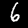
Label: 6